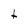
Character: t